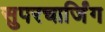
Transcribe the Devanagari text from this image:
सुपरचार्जिंग